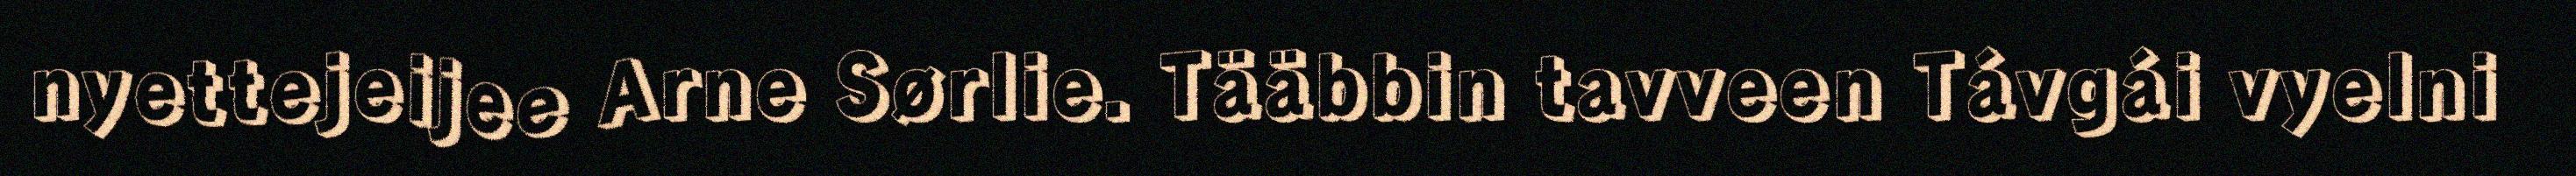
nyettejeijee Arne Sørlie. Tääbbin tavveen Távgái vyelni